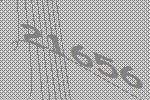
21656